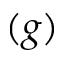
( g )